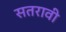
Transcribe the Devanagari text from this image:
सतरावी